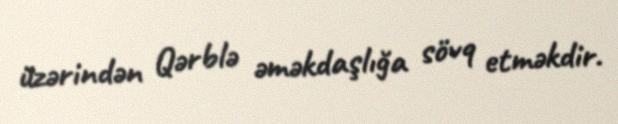
üzərindən Qərblə əməkdaşlığa sövq etməkdir.